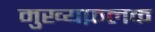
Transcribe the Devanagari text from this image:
मुख्यफ़लक